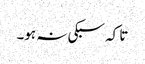
تا کہ سبکی نہ ہو۔